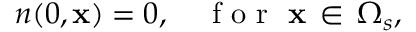
n ( 0 , \mathbf { x } ) = 0 , \quad \textup { f o r } \, \, \mathbf { x } \, \in \, \Omega _ { s } ,